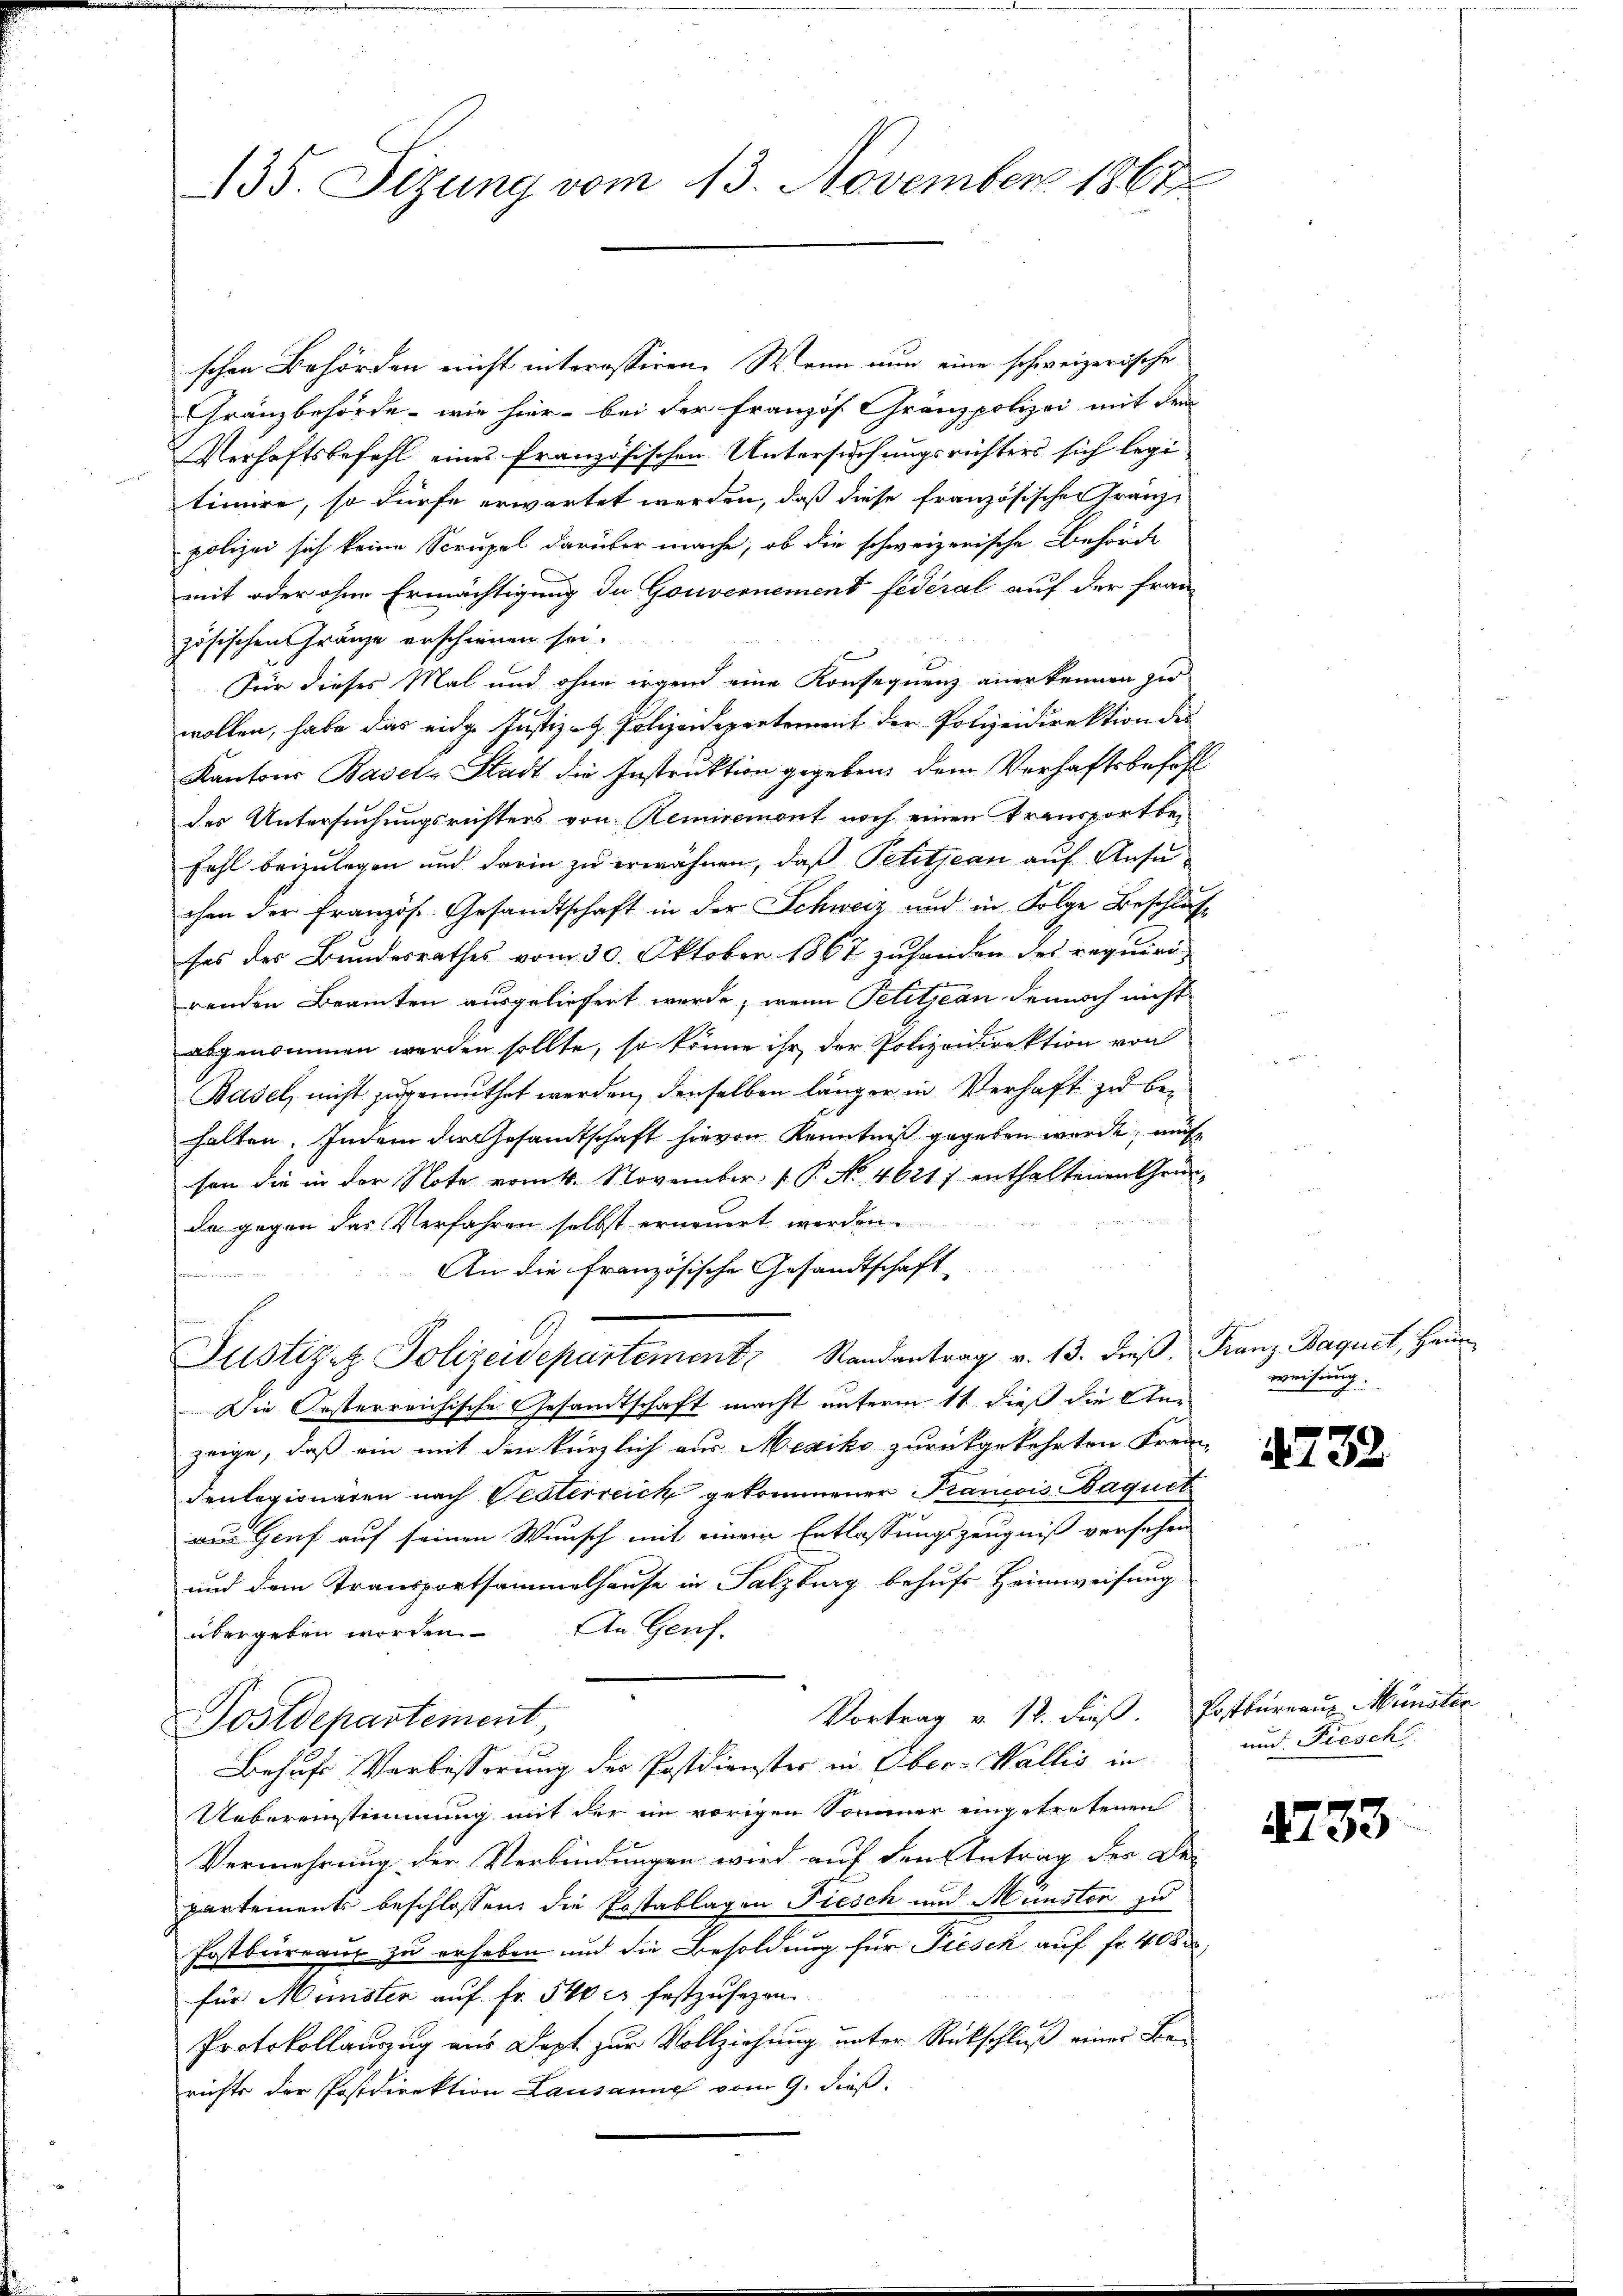
135. Sizung vom 13. November 1863.

schen Behörden nicht interassiren. Wenn nun eine schweizerische
Gränzbehörde - wie hier bei der Französ. Gränzpolizei mit dem
Verhaftsbefehl eines französischen Untersuchungsrichters sich legi
timire, so dürfe erwartet werden, daß diese französischen Franz-
polizei sich keine Scrupel darüber mache, ob die schweizerische Behörde
mit oder ohne Ermächtigung in Gouvernement fédéral auf der fran-
zösischen Gränze erschienen sei.
Für dieses Mal und ohne irgend eine Konsequenz anerkennen zu
wollen, habe das eidge Justiz- & Polizeidepartement der Polizeidirektion des
Kantons Basel-Stadt die Instruktion gegeben dem Verhaftsbefehl
des Untersuchungsrichters von Remisemont noch einen Transportbefahl beizulegen und darin zu erwähnen, daß Petitjean auf Ansuchen der Französ. Gesandtschaft in der Schweiz und in Folge Beschlus
ses des Bundesrathes vom 30. Oktober 1867 zuhanden des requiri-
renden Beamten ausgeliefert werde, wenn Petitjean dennoch nicht
abgenommen werden sollte, so könne ihr der Polizeidirektion von
Basel, nicht zugemuthet werden, denselben länger in Verhaft zu behalten. Indem die Gesandtschaft hievon Kenntniß gegeben werde, muß
son die in der Note vom 4. November. P. P. No. 46211 enthaltenen Gründa gegen das Verfahren selbst erneuert werden.
An die Französische Gesandtschaft
Justizez Polizeidepartement Randantrag v. 13. dieß. Franz Baquet, Heum
Die Oesterreichische Gesandtschaft macht unterm 11 dieß die Anzeige, daß ein mit den kürzlich aus Mexiko zurückgekehrten Freun
Fenlegionaren nach Vesterreick gekommener Krancois Baquet
aus Genf auf seinen Wunsch mit einem Entlassungszeugniß versehen
und dem Transportsammelhause in Salzburg behufs Heimweisung
übergeben worden. An Genf.
Vortrag u. 12. dieß Postbureau Münsti
Postdepartement
Behufs Vorbesserung der Postdienster in Ober-Wallis in
Uebereinstimmung mit der im vorigen Sommer eingetretenen
Vermehrung der Verbindungen wird auf den Antrag der Dei
partements beschlossen, die Postablagen Fiesch und Münster zu
Postbureaus zu erheben und die Besoldung für Fiesch auf fr. 408,
für Münster auf Fr. 540 er festzusehen.
Protokollauszug aus Dept zur Vollziehung unter Rückschluß einer Berichts der Postdirektion Lausanne vom 9. dieß:

weisung.

732.

und Fiesch

433